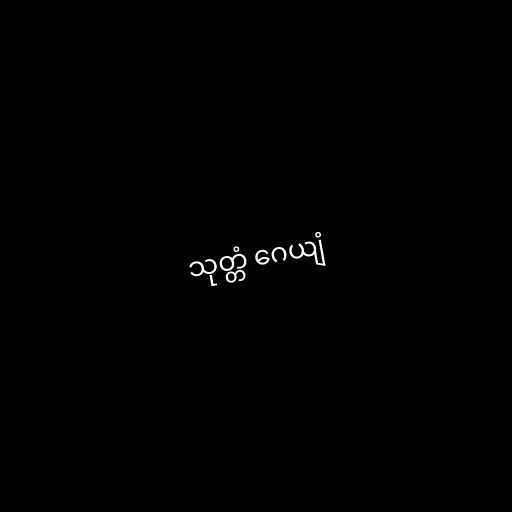
သုတ္တံ ဂေယျံ